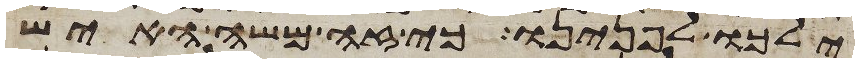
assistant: ילכו לפנינו כי זה משה האיש